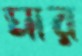
ঘার